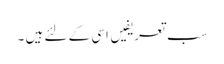
سب تعریفیں اسی کے لئے ہیں ۔